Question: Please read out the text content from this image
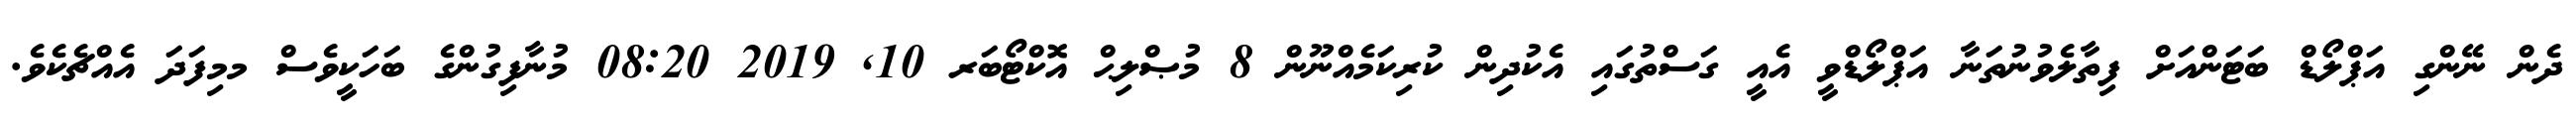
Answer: ދެން ނޭންގި އަޕްލޯޑް ބަޓަންއަށް ފިތާލެވުނުތަނާ އަޕްލޯޑްވީ އެއީ ގަސްތުގައި އެކުދިން ކުރިކަމެއްނޫން 8 މުޞްލިޙް އޮކްޓޯބަރ 10, 2019 08:20 މުނާފިގުންގެ ބަހަކީވެސް މމިފަދަ އެއްޗެކެވެ.